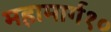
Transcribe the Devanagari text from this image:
महामार्ग१०